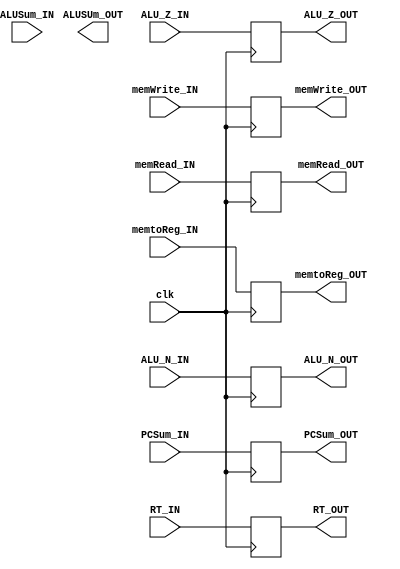
module EX_MEM (
    input [7:0] PCSum_IN,
    input [31:0] ALUSum_IN,
    input ALU_Z_IN, ALU_N_IN,
    input [31:0] RT_IN,
    input memWrite_IN, memRead_IN, memtoReg_IN,
    input clk,
    /////////////////////////////////////////////////////////////////
    output reg [7:0] PCSum_OUT,
    output reg [31:0] ALUSUm_OUT,
    output reg ALU_Z_OUT, ALU_N_OUT,
    output reg [31:0] RT_OUT,
    output reg memWrite_OUT, memRead_OUT, memtoReg_OUT
);

    always @(negedge clk)
    begin
        PCSum_OUT = PCSum_IN;
        ALUSum_OUT = ALUSum_IN;
        ALU_Z_OUT = ALU_Z_IN;
        ALU_N_OUT = ALU_N_IN;
        RT_OUT = RT_IN;
        memWrite_OUT = memWrite_IN;
        memRead_OUT = memRead_IN;
        memtoReg_OUT = memtoReg_IN;
    end
endmodule